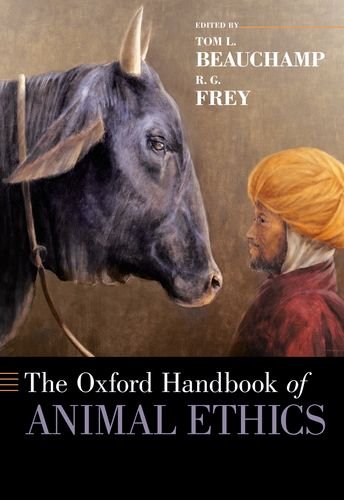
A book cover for The Oxford Handbook of Animal Ethics (Oxford Handbooks); Science & Math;